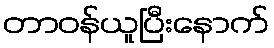
တာဝန်ယူပြီးနောက်